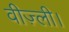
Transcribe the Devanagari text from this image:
वीज़्ली।